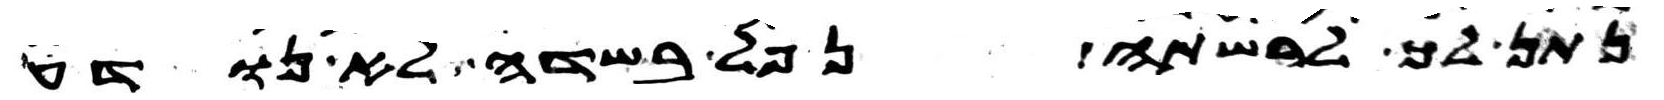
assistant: נתן לך לרשתה נפל בשדה לא נודע